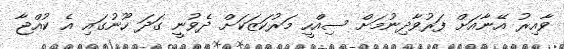
ވާއިރު އޭނާއަށް ފަރުވާދިނުމަށް ސިއްހީ މަރުކަޒަކަށް ދެވުނީ ގަދަ ހޫނުގައި އެ ކުއްޖާ